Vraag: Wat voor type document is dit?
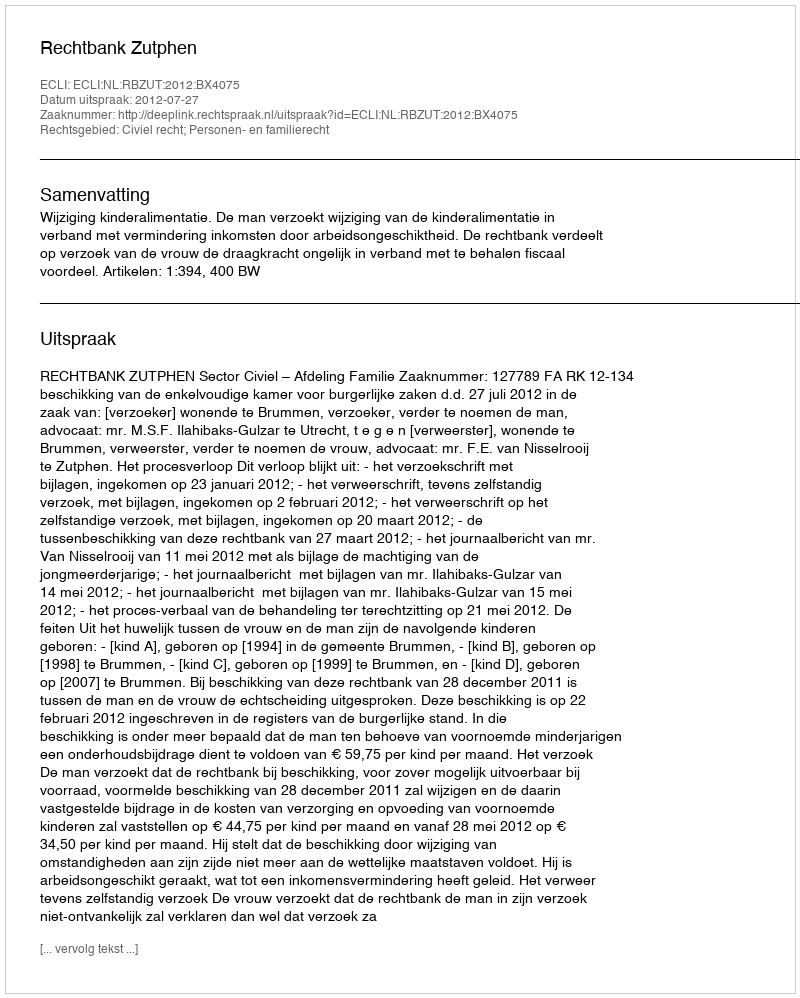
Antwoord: Uitspraak